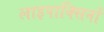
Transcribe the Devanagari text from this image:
लाइपाक्सिनों